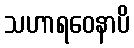
သဟာရဝေနာပိ